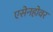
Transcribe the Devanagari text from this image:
एसेनहोवर